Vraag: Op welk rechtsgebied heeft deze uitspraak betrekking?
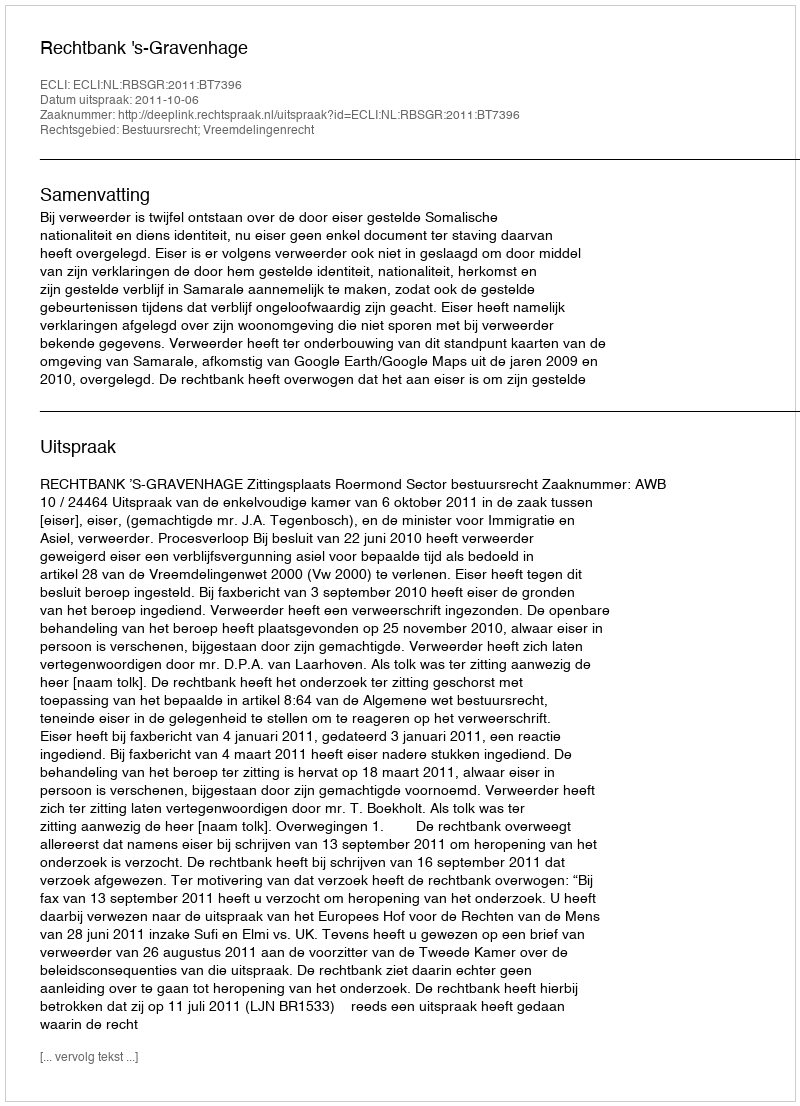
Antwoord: Bestuursrecht; Vreemdelingenrecht